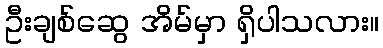
ဦးချစ်ဆွေ အိမ်မှာ ရှိပါသလား။